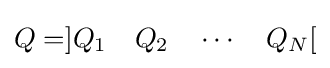
Q=]Q_{1}\quad Q_{2}\quad \cdots \quad Q_{N}[